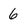
Character: 6